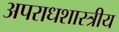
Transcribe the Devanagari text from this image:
अपराधशास्त्रीय